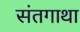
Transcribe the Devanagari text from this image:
संतगाथा